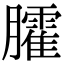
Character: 臛